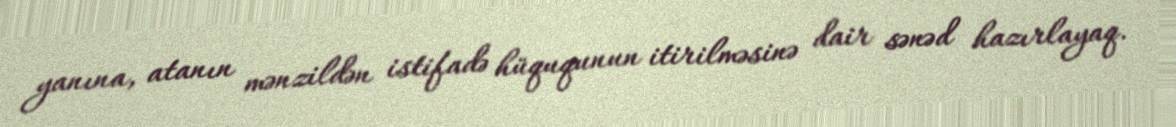
yanına, atanın mənzildən istifadə hüququnun itirilməsinə dair sənəd hazırlayaq.